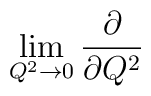
\lim_{Q^2\to{0}}\frac{\partial}{\partial{Q^2}}